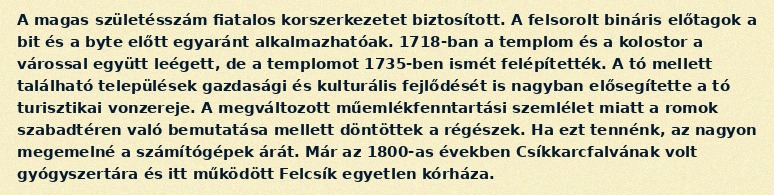
A magas születésszám fiatalos korszerkezetet biztosított. A felsorolt bináris előtagok a bit és a byte előtt egyaránt alkalmazhatóak. 1718-ban a templom és a kolostor a várossal együtt leégett, de a templomot 1735-ben ismét felépítették. A tó mellett található települések gazdasági és kulturális fejlődését is nagyban elősegítette a tó turisztikai vonzereje. A megváltozott műemlékfenntartási szemlélet miatt a romok szabadtéren való bemutatása mellett döntöttek a régészek. Ha ezt tennénk, az nagyon megemelné a számítógépek árát. Már az 1800-as években Csíkkarcfalvának volt gyógyszertára és itt működött Felcsík egyetlen kórháza.